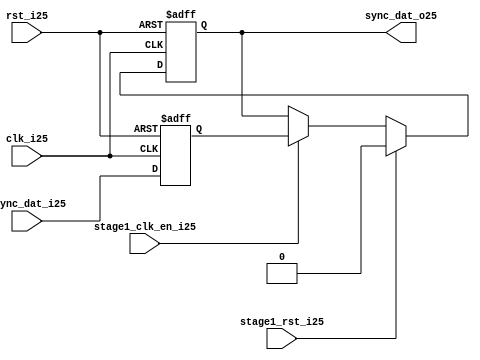
module uart_sync_flops25
(
  // internal signals25
  rst_i25,
  clk_i25,
  stage1_rst_i25,
  stage1_clk_en_i25,
  async_dat_i25,
  sync_dat_o25
);

parameter Tp25            = 1;
parameter width         = 1;
parameter init_value25    = 1'b0;

input                           rst_i25;                  // reset input
input                           clk_i25;                  // clock25 input
input                           stage1_rst_i25;           // synchronous25 reset for stage25 1 FF25
input                           stage1_clk_en_i25;        // synchronous25 clock25 enable for stage25 1 FF25
input   [width-1:0]             async_dat_i25;            // asynchronous25 data input
output  [width-1:0]             sync_dat_o25;             // synchronous25 data output


//
// Interal25 signal25 declarations25
//

reg     [width-1:0]             sync_dat_o25;
reg     [width-1:0]             flop_025;


// first stage25
always @ (posedge clk_i25 or posedge rst_i25)
begin
    if (rst_i25)
        flop_025 <= #Tp25 {width{init_value25}};
    else
        flop_025 <= #Tp25 async_dat_i25;    
end

// second stage25
always @ (posedge clk_i25 or posedge rst_i25)
begin
    if (rst_i25)
        sync_dat_o25 <= #Tp25 {width{init_value25}};
    else if (stage1_rst_i25)
        sync_dat_o25 <= #Tp25 {width{init_value25}};
    else if (stage1_clk_en_i25)
        sync_dat_o25 <= #Tp25 flop_025;       
end

endmodule